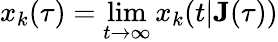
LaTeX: x_{k}(\tau)=\operatorname*{lim}_{t\rightarrow\infty}x_{k}(t|\mathbf{J}(\tau))